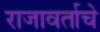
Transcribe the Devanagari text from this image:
राजावर्ताचे